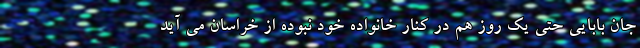
جان بابایی حتی یک روز هم در کنار خانواده خود نبوده از خراسان می آید